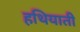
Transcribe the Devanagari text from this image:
हथियाती